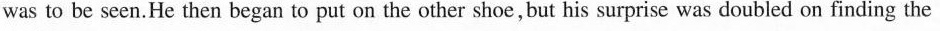
was to be seen.He then began to put on the other shoe,but his surprise was doubled on finding the